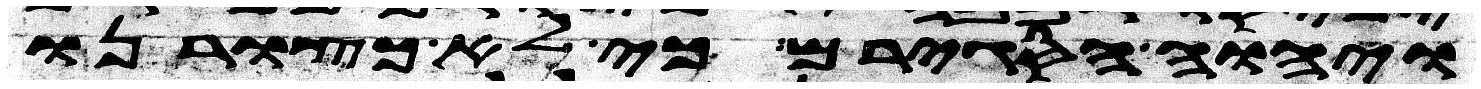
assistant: ויהוה הסגירם כי לא כצורנו